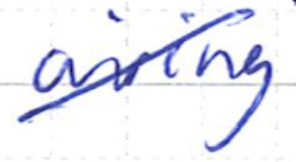
Text: airing
Cross-out: diagonal
Writing tool: ballpoint